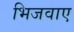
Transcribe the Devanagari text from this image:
भिजवाए